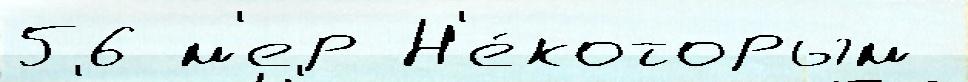
56 м'ер Н'е́которым